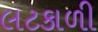
લટકાળી